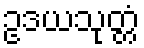
ဥဒယသုတ္တံ